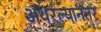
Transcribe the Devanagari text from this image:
अंथरल्यानंतर